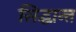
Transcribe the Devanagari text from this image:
सिद्घान्त